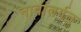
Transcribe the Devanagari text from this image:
नावांतर्गत